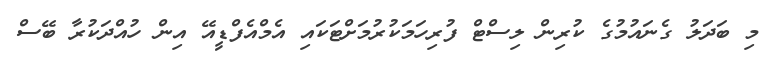
މި ބަދަލު ގެނައުމުގެ ކުރިން ލިސްޓް ފުރިހަމަކުރުމަށްޓަކައި އެމްއެފްޑީއޭ އިން ހުއްދަކުރާ ބޭސް